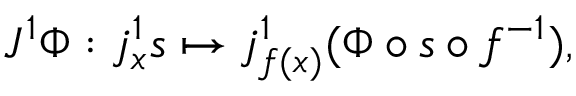
J ^ { 1 } \Phi : j _ { x } ^ { 1 } s \mapsto j _ { f ( x ) } ^ { 1 } ( \Phi \circ s \circ f ^ { - 1 } ) ,